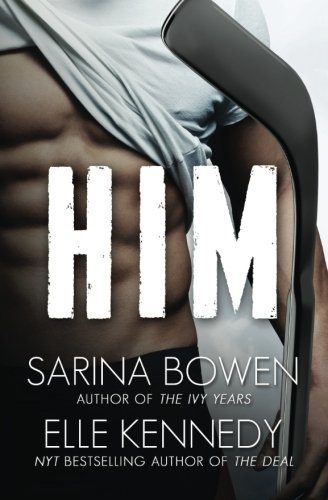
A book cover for Him; Sarina Bowen; Romance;